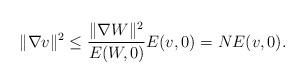
LaTeX: \begin{align*}\| \nabla v \|^2 \leq \frac{\| \nabla W \|^2}{E(W,0)} E(v,0) = N E(v,0).\end{align*}